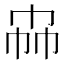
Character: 𰏗